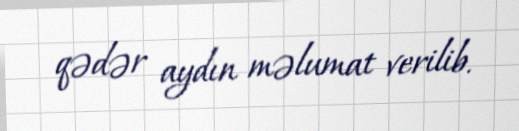
qədər aydın məlumat verilib.